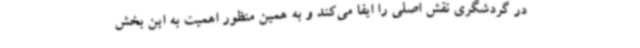
در گردشگری نقش اصلی را ایفا می‌کند و به همین منظور اهمیت به این بخش